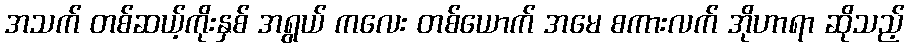
အသက် တစ်ဆယ့်ကိုးနှစ် အရွယ် ကလေး တစ်ယောက် အမေ စကားလက် အိုဟာရာ ဆိုသည့်